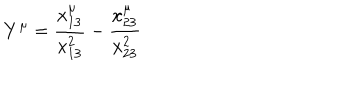
LaTeX: Y ^ { \mu } = \frac { x _ { 1 3 } ^ { \mu } } { x _ { 1 3 } ^ { 2 } } - \frac { x _ { 2 3 } ^ { \mu } } { x _ { 2 3 } ^ { 2 } }